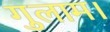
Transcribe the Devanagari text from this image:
गुलाम।